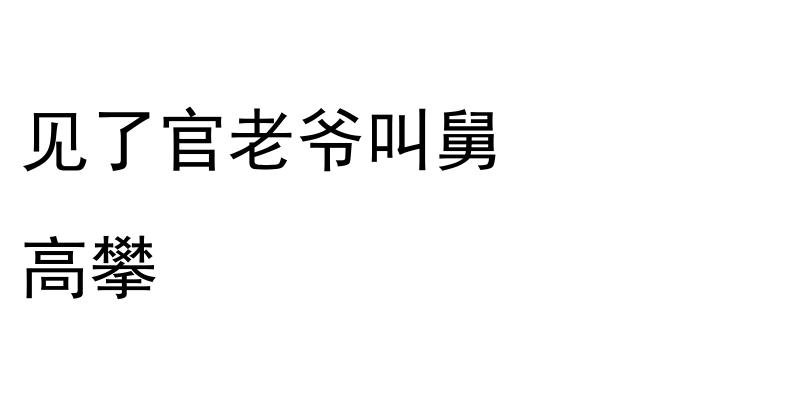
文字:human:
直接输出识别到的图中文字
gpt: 见了官老爷叫舅 高攀